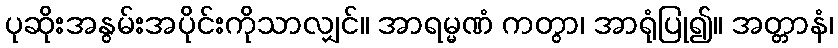
ပုဆိုးအနွမ်းအပိုင်းကိုသာလျှင်။ အာရမ္မဏံ ကတွာ၊ အာရုံပြု၍။ အတ္တာနံ၊